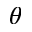
\theta